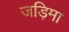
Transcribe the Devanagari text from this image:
जड़िमा